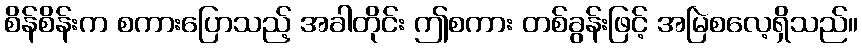
စိန်စိန်းက စကားပြောသည့် အခါတိုင်း ဤစကား တစ်ခွန်းဖြင့် အမြဲစလေ့ရှိသည်။